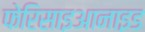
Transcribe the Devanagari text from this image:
फेरिसाइआनाइड